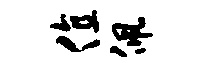
值佩